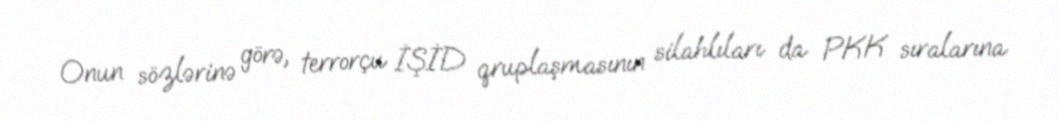
Onun sözlərinə görə, terrorçu İŞİD qruplaşmasının silahlıları da PKK sıralarına